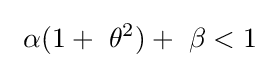
~\alpha (1+~\theta ^{2})+~\beta <1